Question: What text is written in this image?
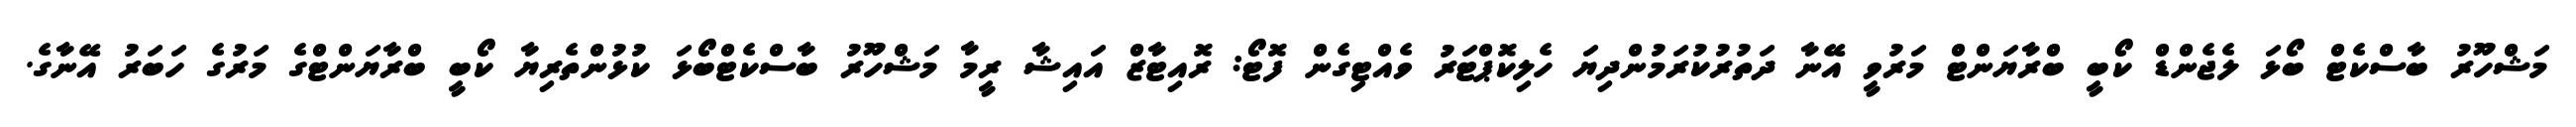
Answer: މަޝްހޫރު ބާސްކެޓް ބޯޅަ ލެޖެންޑް ކޯބީ ބްރާޔަންޓް މަރުވީ އޭނާ ދަތުރުކުރަމުންދިޔަ ހެލިކޮޕްޓަރު ވެއްޓިގެން ފޮޓޯ: ރޮއިޓާޒް އައިޝާ ރީމާ މަޝްހޫރު ބާސްކެޓްބޯޅަ ކުޅުންތެރިޔާ ކޯބީ ބްރާޔަންޓްގެ މަރުގެ ހަބަރު އޭނާގެ.